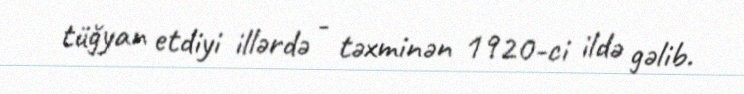
tüğyan etdiyi illərdə - təxminən 1920-ci ildə gəlib.